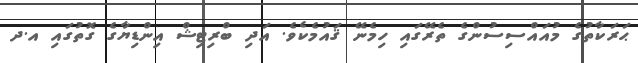
ޙަރަކާތުގެ މުއައްސިސުންގެ ތެރޭގައި ހިމެނޭ ޤައުމެކެވެ. އަދި ބްރިޓިޝް އިންޑިޔާގެ ގޮތުގައި އ.ދ